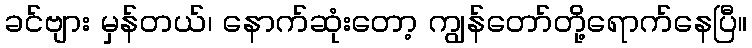
ခင်ဗျား မှန်တယ်၊ နောက်ဆုံးတော့ ကျွန်တော်တို့ရောက်နေပြီ။